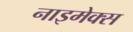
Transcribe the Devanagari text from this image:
नाइमेक्स